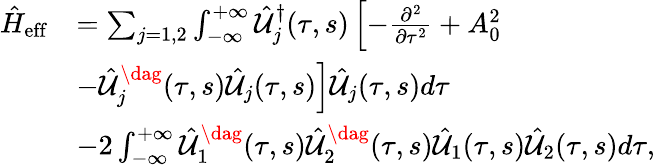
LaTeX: \begin{array}{rl}{\hat{H}_{\mathrm{eff}}}&{=\sum_{j=1,2}\int_{-\infty}^{+\infty}\hat{{\cal U}}_{j}^{\dagger}(\tau,s)\left[-\frac{\partial^{2}}{\partial\tau^{2}}+A_{0}^{2}\right.}\\ &{\left.-\hat{{\cal U}}_{j}^{\dag}(\tau,s)\hat{{\cal U}}_{j}(\tau,s)\right]\hat{{\cal U}}_{j}(\tau,s)d\tau}\\ &{-2\int_{-\infty}^{+\infty}\hat{{\cal U}}_{1}^{\dag}(\tau,s)\hat{{\cal U}}_{2}^{\dag}(\tau,s)\hat{{\cal U}}_{1}(\tau,s)\hat{{\cal U}}_{2}(\tau,s)d\tau,}\end{array}